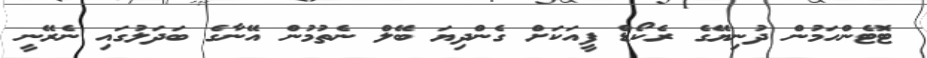
ޓޮޓެންހަމުން ދުނިޔޭގެ ރެކޯޑް ފީއަކަށް ގެންދިޔަ ބޭލް ނެތުމުން އޭނާގެ ބަދަލުގައި ނެރޭނީ